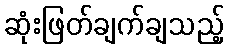
ဆုံးဖြတ်ချက်ချသည့်